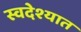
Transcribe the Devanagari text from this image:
स्वदेश्यात